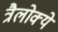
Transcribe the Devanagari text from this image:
त्रैलोक्ये